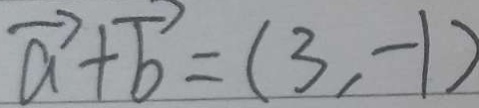
\overrightarrow { a } + \overrightarrow { b } = ( 3 , - 1 )